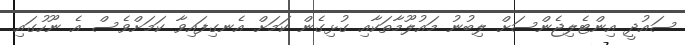
ސައުދީ އިންޓެލިޖެންސަށް ލިބުނު މައުލޫމާތަކާއި ގުޅިގެން ކަމަށް އެނގިފައިވާ ކަމަށްވެސް އެ ނޫހުގައި